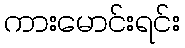
ကားမောင်းရင်း